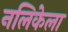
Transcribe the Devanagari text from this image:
नलिकेला